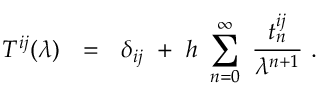
T ^ { i j } ( \lambda ) ~ ~ = ~ ~ \delta _ { i j } ~ + ~ h ~ \sum _ { n = 0 } ^ { \infty } ~ { \frac { t _ { n } ^ { i j } } { \lambda ^ { n + 1 } } } ~ .